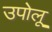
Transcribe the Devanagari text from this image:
उपोलू